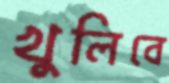
খুলিবে